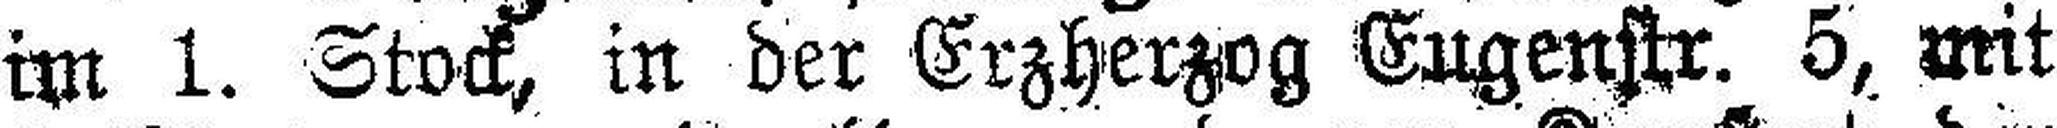
im 1. Stock, in der Erzherzog Eugenstr. 5, mit